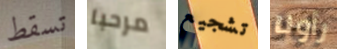
تسقط مرحبا تشجيع رأونا